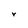
Character: r